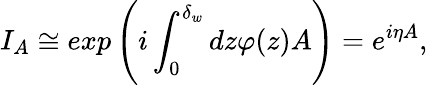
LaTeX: I_{A}\cong exp\left(i\int_{0}^{\delta_{w}}dz\varphi(z)A\right)=e^{{i}\eta A},